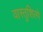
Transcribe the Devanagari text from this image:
वास्तुशिल्पे